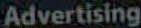
Advertising